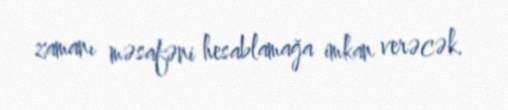
zamanı məsafəni hesablamağa imkan verəcək.